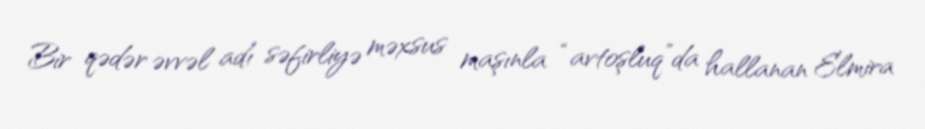
Bir qədər əvvəl adı səfirliyə məxsus maşınla “avtoşluq”da hallanan Elmira